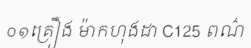
០១គ្រឿង ម៉ាកហុងដា C125 ពណ៌